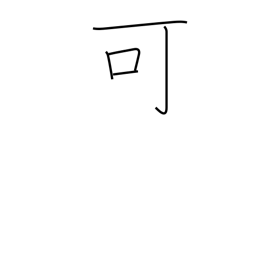
Meaning: passable